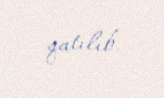
qatılıb.